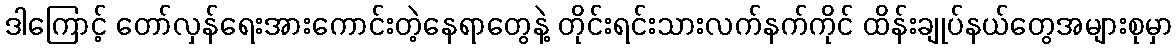
ဒါကြောင့် တော်လှန်ရေးအားကောင်းတဲ့နေရာတွေနဲ့ တိုင်းရင်းသားလက်နက်ကိုင် ထိန်းချုပ်နယ်တွေအများစုမှာ